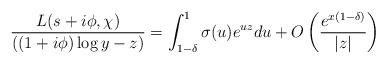
LaTeX: \begin{align*} \frac{L(s+i\phi,\chi)}{ ((1+i\phi)\log y-z)} = \int_{1-\delta}^1 \sigma(u) e^{uz} du +O\left( \frac{e^{x(1-\delta)}}{|z|} \right)\end{align*}